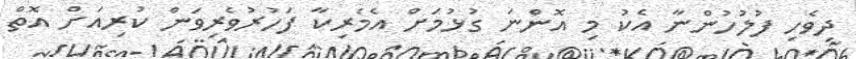
ދިވެހި ފުލުހުންނާ އެކު މި އޮންނަ ގުޅުމަށް އެމެރިކާ ފަހުރުވެރިވަން ކުރިއަށް އޮތް